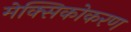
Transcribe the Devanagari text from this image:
मेक्सिकोकरण